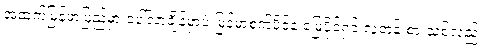
အထက်မြန်မာပြည်မှာ ပေါ်လာချိန်မှာပဲ မြန်မာစက်ပိုင်နဲ့ မြေပိုင်ရှင် လူတန်းစားသစ်လည်း